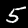
Label: 5